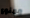
ممنوع